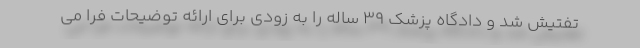
تفتیش شد و دادگاه پزشک ۳۹ ساله را به زودی برای ارائه توضیحات فرا می